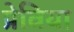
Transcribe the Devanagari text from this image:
प्रेविया